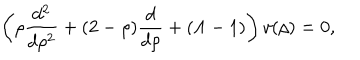
\left( \rho \frac { d ^ { 2 } } { d \rho ^ { 2 } } + ( 2 - \rho ) \frac { d } { d \rho } + ( \Lambda - 1 ) \right) v ( \rho ) = 0 ,